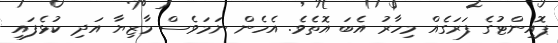
ޕޮއިންޓުގެ ފަރަގެއް މިހާރު އެބަ އޮތެވެ. އެހެން ނަމަވެސް މާޒިޔާ އަދި ކުޅެފައި